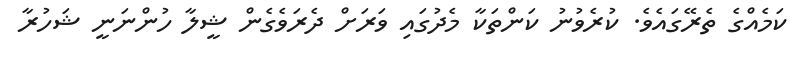
ކަމެއްްގެ ތެރޭގައެވެ. ކުރެވުނު ކަންތަކާ މެދުގައި ވަރަށް ދެރަވެގެން ޝީލާ ހުންނަނީ ޝަހުރާ